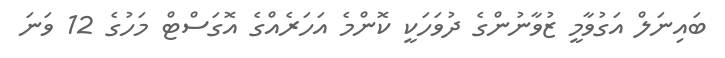
ބައިނަލް އަގުވާމީ ޒުވާނުންގެ ދުވަހަކީ ކޮންމެ އަހަރެއްގެ އޮގަސްޓް މަހުގެ 12 ވަނަ